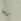
ربما